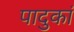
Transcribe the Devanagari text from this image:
पादुकां